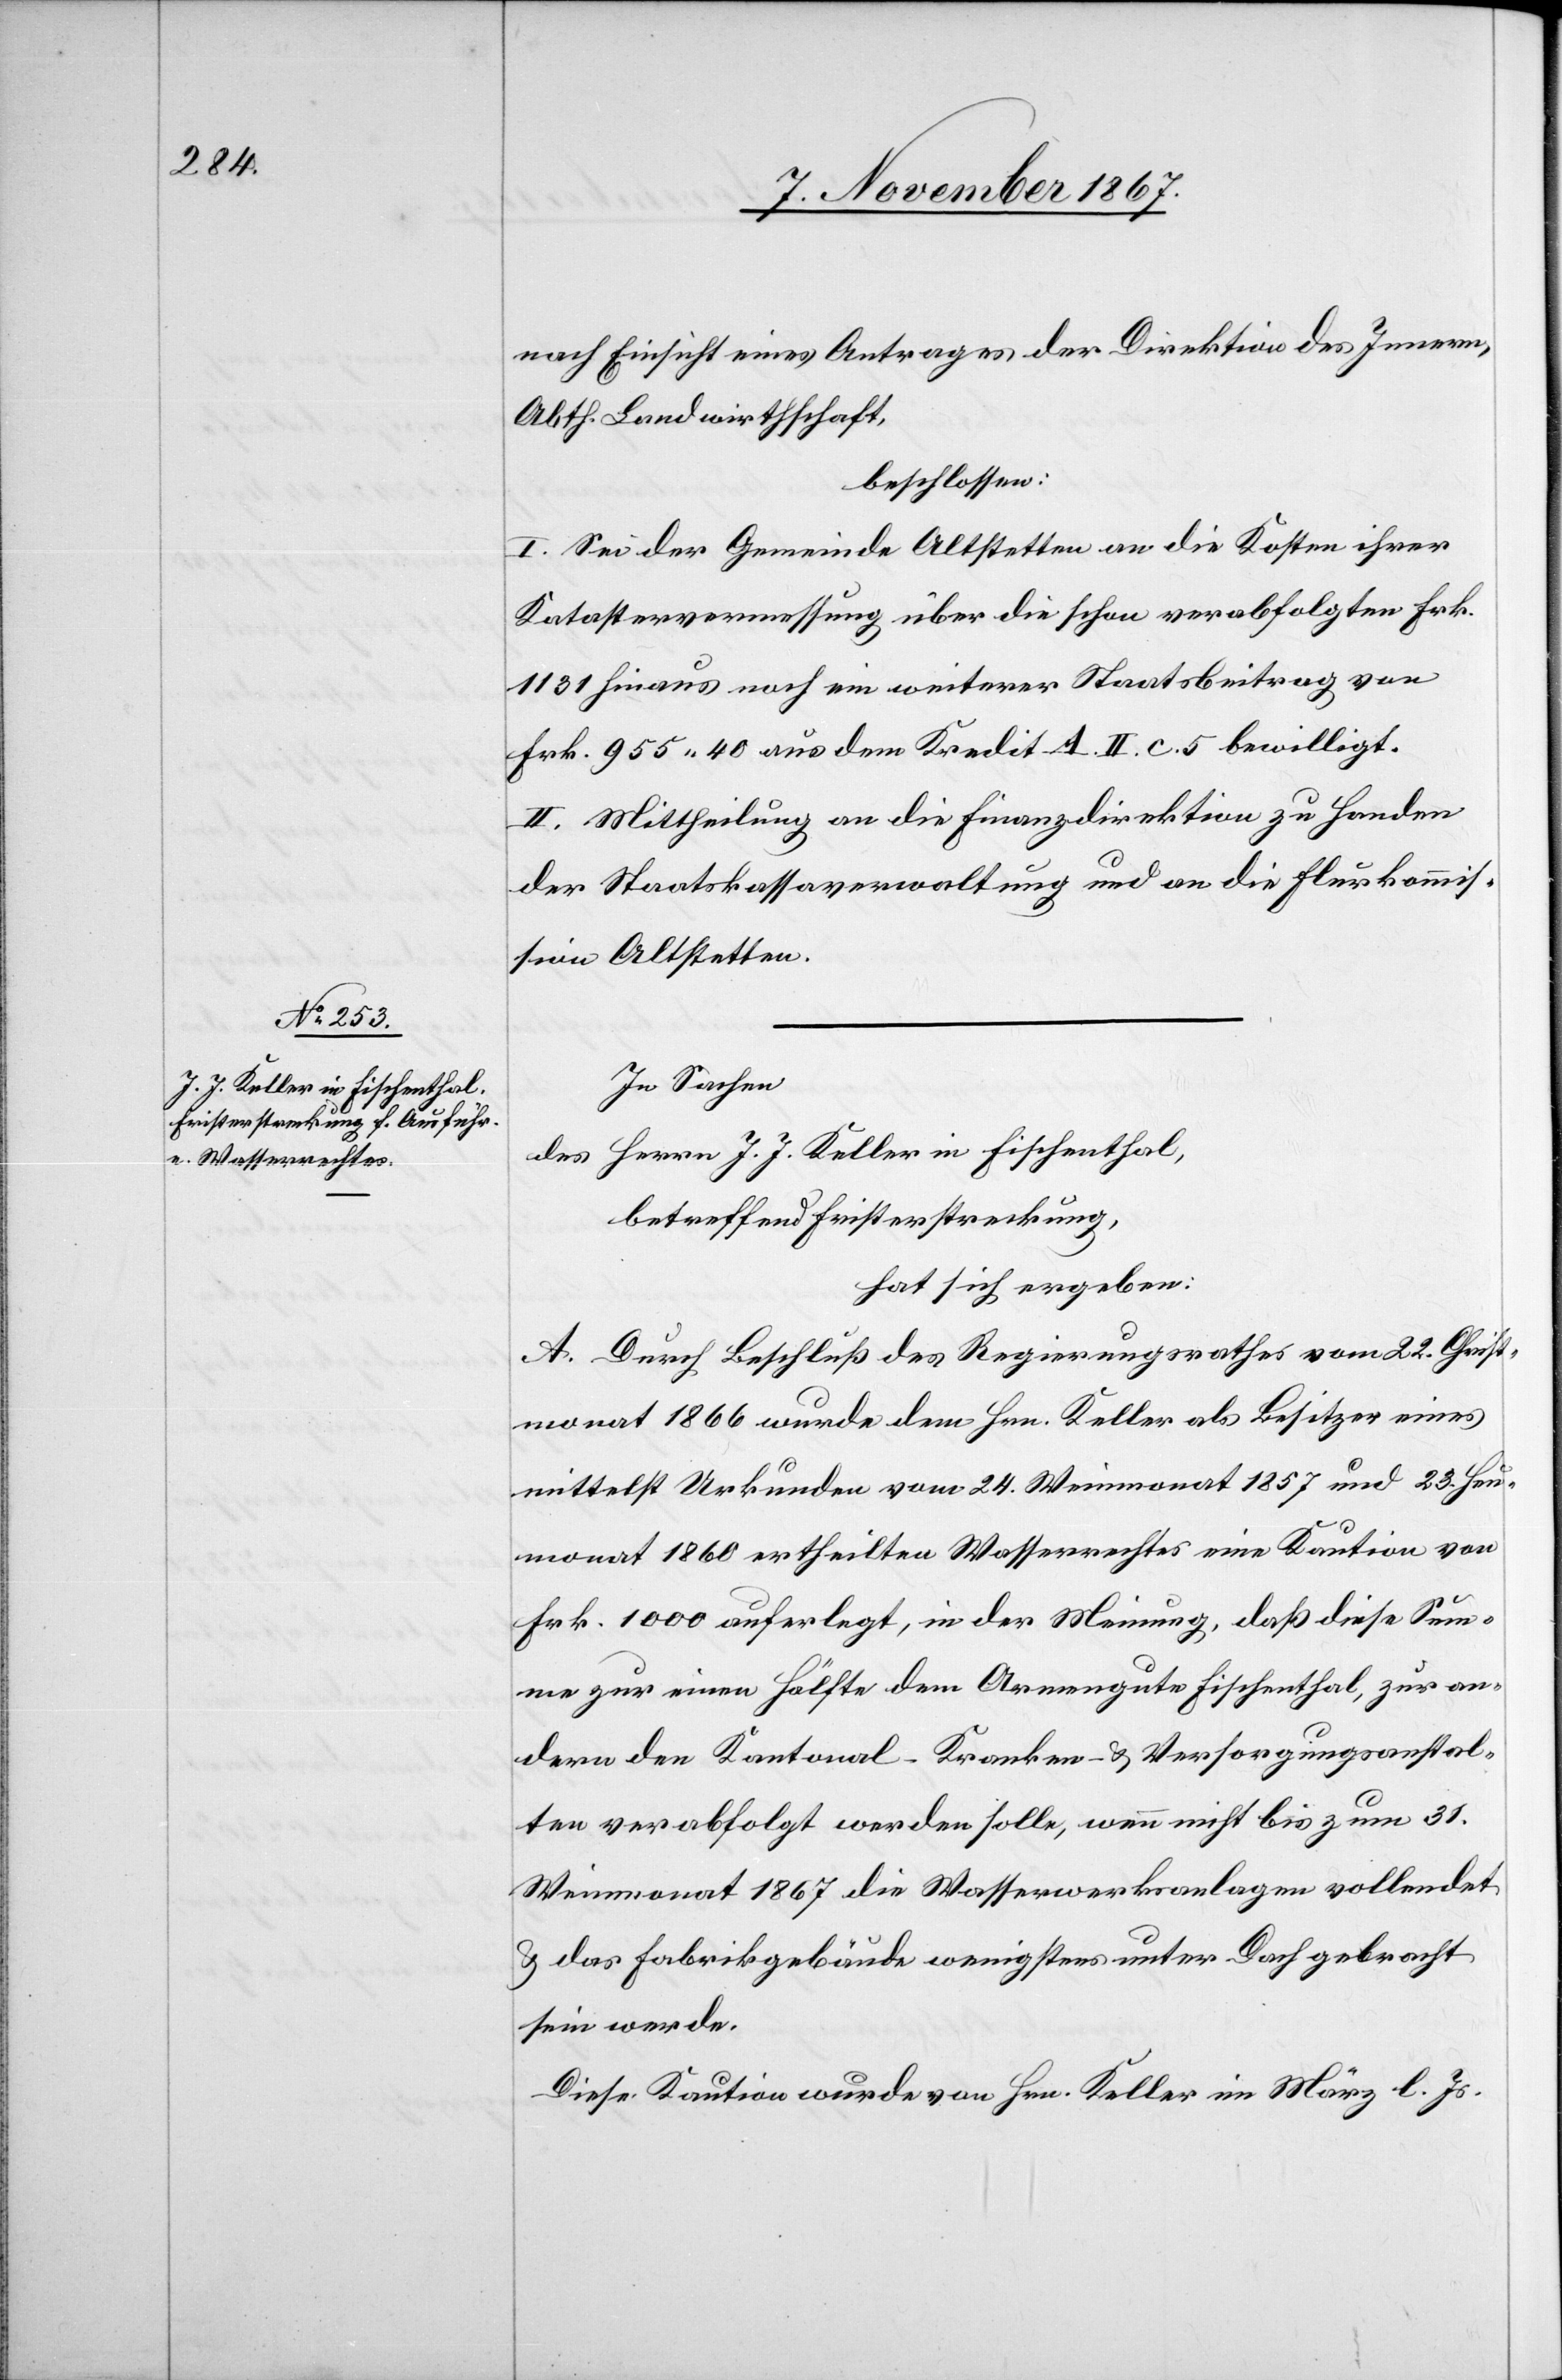
nach Einsicht eines Antrages der Direktion des Innern,
Abth. Landwirthschaft,
beschlossen:
I. Sei der Gemeinde Altstetten an die Kosten ihrer
Katastervermessung über die schon verabfolgten Frk.
1131 hinaus noch ein weiterer Staatsbeitrag von
Frk. 955.40 aus dem Kredit A. II. c. 5 bewilligt.
II. Mittheilung an die Finanzdirektion zu Handen
der Staatskassaverwaltung und an die Flurkommis¬
sion Altstetten.
In Sachen
des Herrn J. J. Keller in Fischenthal,
betreffend Fristerstreckung,
hat sich ergeben:
A. Durch Beschluß des Regierungsrathes vom 22. Christ¬
monat 1866 wurde dem Hrn. Keller als Besitzer eines
mittelst Urkunden vom 24. Weinmonat 1867 und 23. Heu¬
monat 1860 ertheilten Wasserrechtes eine Kaution von
Frk. 1000 auferlegt, in der Meinung, daß diese Sum¬
me zur einen Hälfte dem Armengute Fischenthal, zur an¬
dern den Kantonal-Kranken- u. Versorgungsanstal¬
ten verabfolgt werden solle, wenn nicht bis zum 31.
Weinmonat 1867 die Wasserwerksanlagen vollendet,
u. das Fabrikgebäude wenigstens unter Dach gebracht
sein werde.
Diese Kaution wurde von Hrn. Keller im März l. Js.